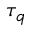
\tau _ { q }